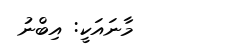
މާނައަކީ: އިބްނު